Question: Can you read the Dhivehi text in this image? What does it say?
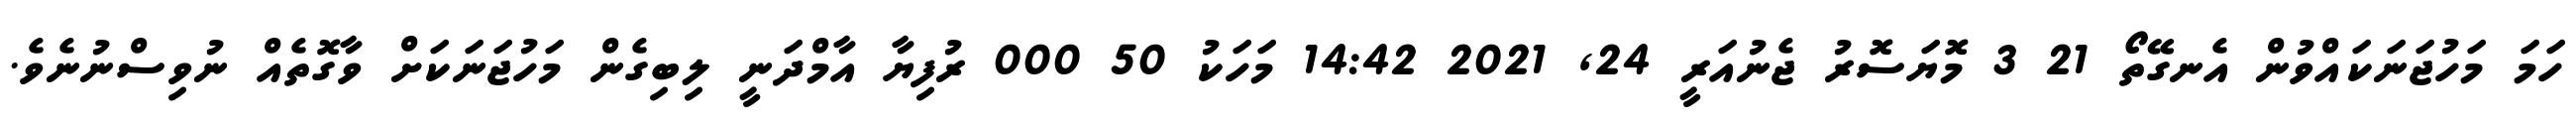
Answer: ހަމަ މަހުޖަނަކައްވުން އެނގޭތޯ 21 3 މޮޔަސޮރު ޖެނުއަރީ 24, 2021 14:42 މަހަކު 50 000 ރުފިޔާ އާމްދަނީ ލިބިގެން މަހުޖަނަކަށް ވާގޮތެއް ނުވިސްނުނެވެ.